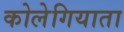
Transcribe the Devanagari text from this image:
कोलेगियाता